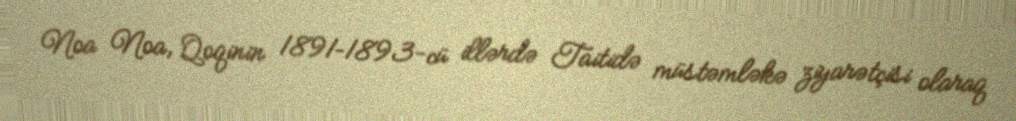
Noa Noa, Qoqinin 1891–1893-cü illərdə Taitidə müstəmləkə ziyarətçisi olaraq